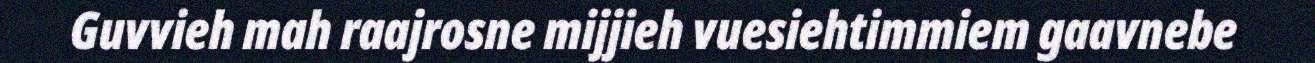
Guvvieh mah raajrosne mijjieh vuesiehtimmiem gaavnebe